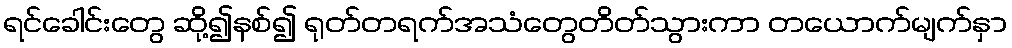
ရင်ခေါင်းတွေ ဆို့၍နစ်၍ ရုတ်တရက်အသံတွေတိတ်သွားကာ တယောက်မျက်နှာ